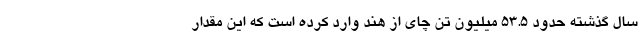
سال گذشته حدود ۵۳.۵ میلیون تن چای از هند وارد کرده است که این مقدار